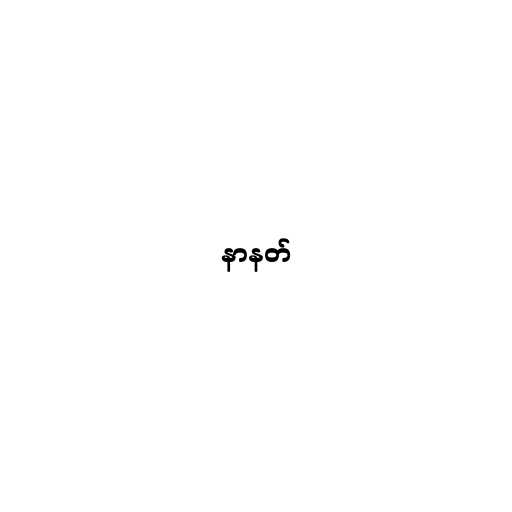
နာနတ်